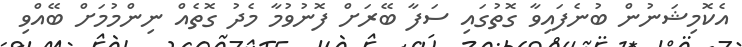
އެކޮމިޝަނުން ބުނެފައިވާ ގޮތުގައި ސަފާ ބޭރަށް ފޮނުވުމާ މެދު ގޮތެއް ނިންމުމަށް ބޭއްވި